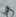
هي